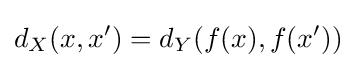
d_{X}(x,x')=d_{Y}(f(x),f(x'))